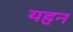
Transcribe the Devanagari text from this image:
यहन